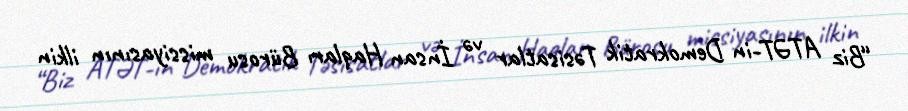
“Biz ATƏT-in Demokratik Təsisatlar və İnsan Haqları Bürosu missiyasının ilkin